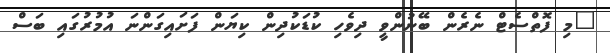
"މި ފޮތްސެޓް ނެރެން ބޭނުންވީ ދިވެހި ކުޑަކުދިން ކިޔަން ފަށައިގަންނަ އުމުރުގައި ބަސް